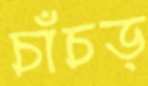
চাঁচড়